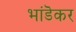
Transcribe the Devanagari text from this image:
भांडॆकर